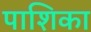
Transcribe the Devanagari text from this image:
पाशिका